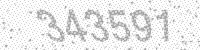
Solution: 343591